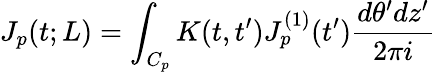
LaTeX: J_{p}(t;L)=\int_{C_{p}}K(t,t^{\prime})J_{p}^{(1)}(t^{\prime})\frac{d\theta^{\prime}dz^{\prime}}{2\pi i}